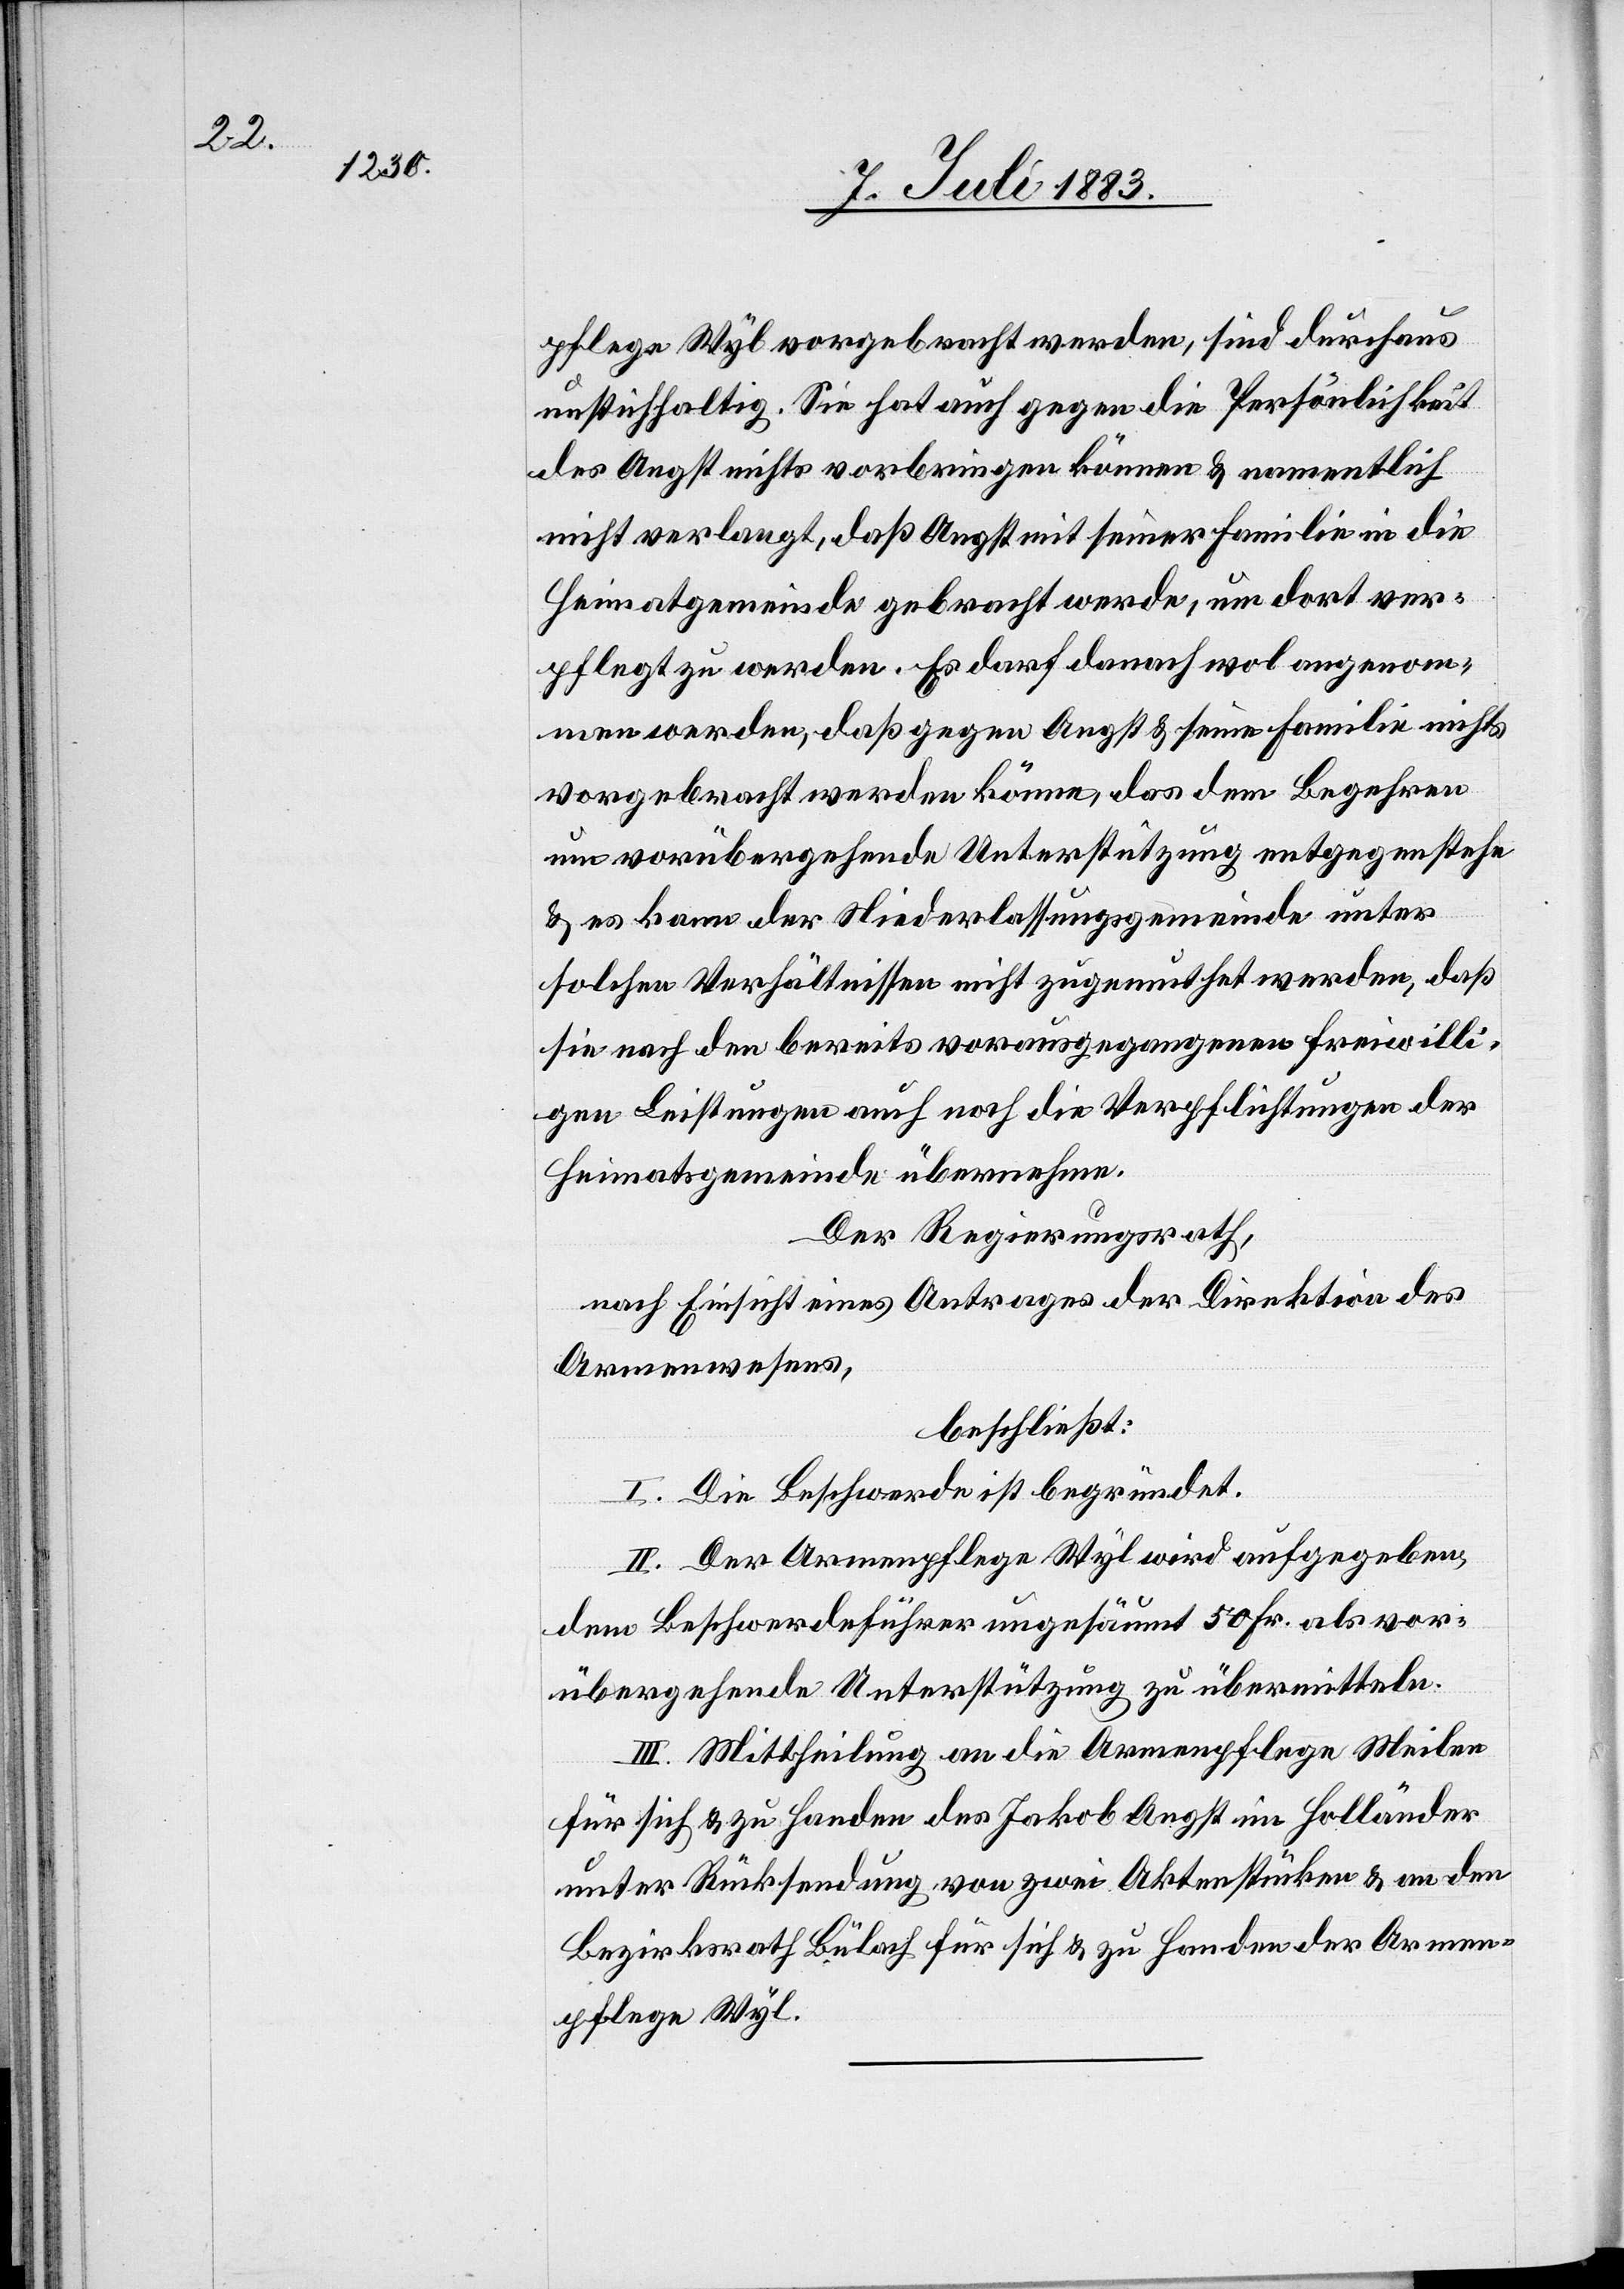
pflege Wyl vorgebracht werden, sind durchaus
unstichhaltig. Sie hat auch gegen die Persönlichkeit
des Angst nichts vorbringen können & namentlich
nicht verlangt, daß Angst mit einer Familie in die
Heimatgemeinde gebracht werde, um dort ver¬
pflegt zu werden. Es darf danach wol angenom¬
men werden, daß gegen Angst & seine Familie nichts
vorgebracht werden könne, das dem Begehren
um vorübergehende Unterstützung entgegenstehe
& es kann der Niederlassungsgemeinde unter
solchen Verhältnissen nicht zugemuthet werden, daß
sie nach den bereits vorausgegangenen freiwilli¬
gen Leistungen auch noch die Verpflichtung der
Heimatsgemeinde übernehme.
Der Regierungsrath,
nach Einsicht eines Antrages der Direktion des
Armenwesens,
beschließt:
I. Die Beschwerde ist begründet.
II. Der Armenpflege Wyl wird aufgegeben,
dem Beschwerdeführer ungesäumt 50 Fr. als vor¬
übergehende Unterstützung zu übermitteln.
III. Mittheilung an die Armenpflege Meilen
für sich & zu Handen des Jakob Angst im Holländer
unter Rücksendung von zwei Aktenstücken & an den
Bezirksrath Bülach für sich & zu Handen der Armen¬
pflege Wyl.